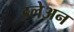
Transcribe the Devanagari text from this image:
इलेअन